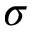
\sigma